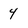
Character: 4